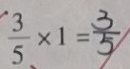
\frac { 3 } { 5 } \times 1 = \frac { 3 } { 5 }